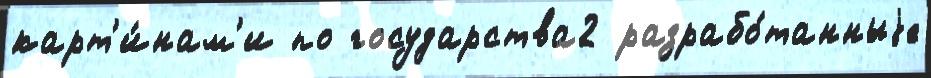
карт'и́нам'и по государства2 разрабо́танныjе